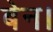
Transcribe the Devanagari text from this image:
बेन।